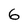
Character: 6